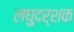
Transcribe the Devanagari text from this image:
लघुदर्शक